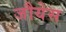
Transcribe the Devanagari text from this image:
जौयेस